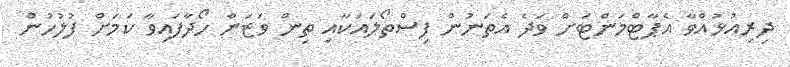
ދިރިއުޅުއްވާ އެޕާޓްމަންޓަށް ވަދެ އެތަނުން ފިސްތޯލައަކާއި ތިން ވަޒަން ހޯދާފައިވާ ކަމަށް ފުލުހުން